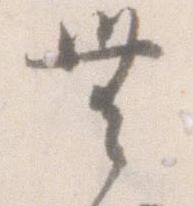
無